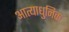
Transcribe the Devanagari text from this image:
आत्याधुनिक